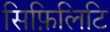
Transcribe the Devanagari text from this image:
सिफ़िलिटि